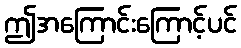
ဤအကြောင်းကြောင့်ပင်